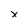
Character: x